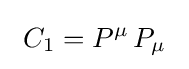
~C_{1}=P^{\mu }\,P_{\mu }~